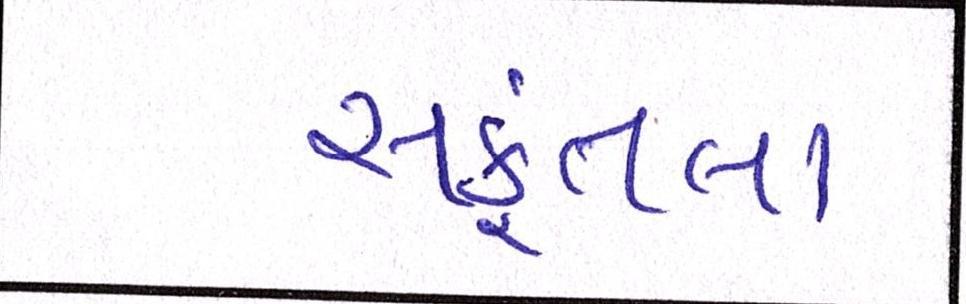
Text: સકુંતલા